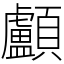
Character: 顱